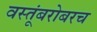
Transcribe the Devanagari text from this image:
वस्तूंबरोबरच